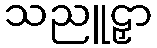
သညူဠှာ